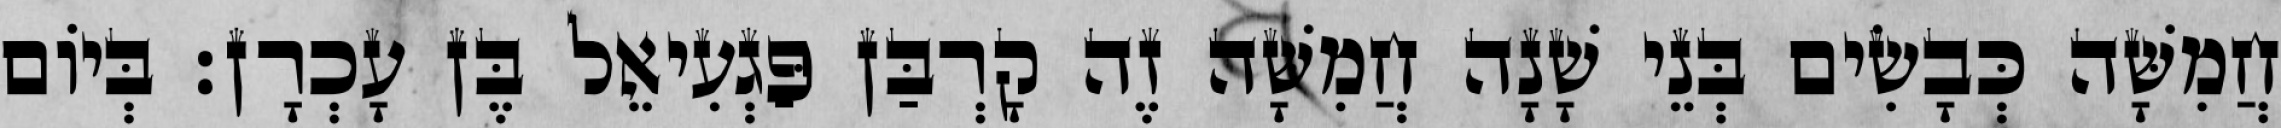
חֲמִשָּׁה כְּבָשִׂים בְּנֵי שָׁנָה חֲמִשָּׁה זֶה קָרְבַּן פַּגְעִיאֵל בֶּן עָכְרָן׃ בְּיוֹם